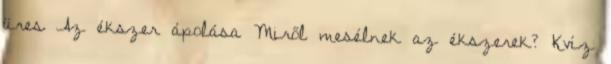
üres Az ékszer ápolása Miről mesélnek az ékszerek? Kvíz